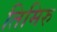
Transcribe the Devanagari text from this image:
तिमिरु